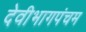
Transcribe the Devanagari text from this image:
देवीभागपंचम